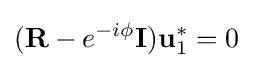
(\mathbf {R} -e^{-i\phi }\mathbf {I} )\mathbf {u} _{1}^{*}=0